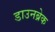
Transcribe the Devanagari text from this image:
डाउनब्रेक